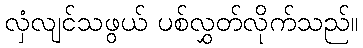
လှံလျင်သဖွယ် ပစ်လွှတ်လိုက်သည်။